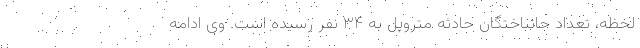
لحظه، تعداد جانباختگان حادثه متروپل به ۳۴ نفر رسیده است. وی ادامه